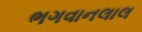
ભગવાનલાલ